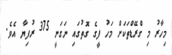
މިހާރު މި ގްރޭޑްތަކަށް މަހު ފީގެ ގޮތުގައި ނަގަނީ 375 ރުފިޔާ އެވެ.